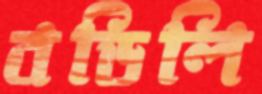
বডিলি